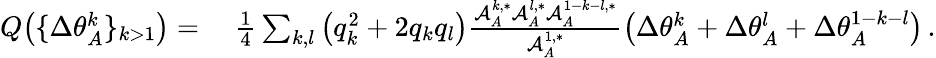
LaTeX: \begin{array}{rl}{Q\big(\{ \Delta\theta_{A}^{k}\} _{k>1}\big)=}&{~\frac{1}{4}\sum_{k,l}\big(q_{k}^{2}+2q_{k}q_{l}\big)\frac{\mathcal{A}_{A}^{k,*}\mathcal{A}_{A}^{l,*}\mathcal{A}_{A}^{1-k-l,*}}{\mathcal{A}_{A}^{1,*}}\big(\Delta\theta_{A}^{k}+\Delta\theta_{A}^{l}+\Delta\theta_{A}^{1-k-l}\big)\, .}\end{array}